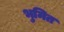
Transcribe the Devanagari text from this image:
भुमित